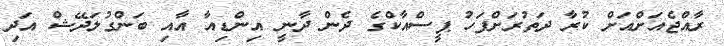
ރާއްޖެއަށްއަށް ކުރާ ދަތުރަށްފަހު ޕީސްއާކްގެ ދެން ދާނީ އިންޑިއާ އާއި ބަންގުލަދޭޝް އަދި